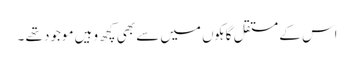
اس کے مستقل گاہکوں میں سے بھی کچھ وہیں موجود تھے ۔